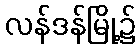
လန်ဒန်မြို့၌